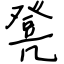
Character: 凳